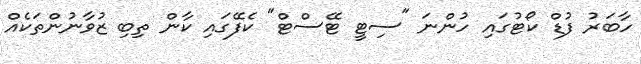
ހާބަރު ފުޑް ކޯޓުގައި ހުންނަ "ސިޓީ ޓޭސްޓް" ކެފޭގައި ކާން ތިބި ޒުވާނުންތަކެއް